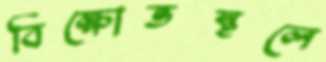
বিক্ষোভস্থলে